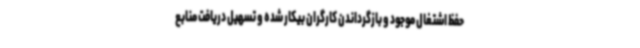
حفظ اشتغال موجود و بازگرداندن کارگران بیکار شده و تسهیل دریافت منابع